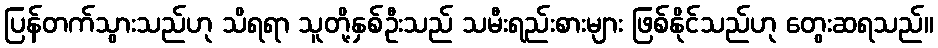
ပြန်တက်သွားသည်ဟု သိရရာ သူတို့နှစ်ဦးသည် သမီးရည်းစားများ ဖြစ်နိုင်သည်ဟု တွေးဆရသည်။